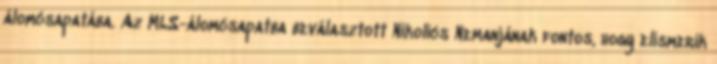
álomcsapatába. Az MLS-álomcsapatba beválasztott Nikolics Nemanjának fontos, hogy elismerik